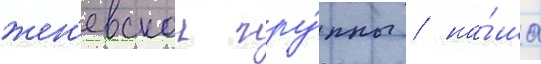
жен'евскои гру́ппы / на́ша